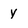
Character: y